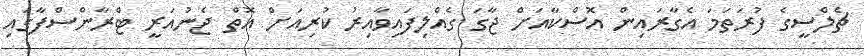
ޗެލްސީގެ ފުރަތަމަ އެގާރައިން އޮސްކާއަށް ޖާގަ ގެއްލިފައިވާއިރު ކުރިއަށް އޮތް ޖެނުއަރީ ޓްރާންސްފާގައި